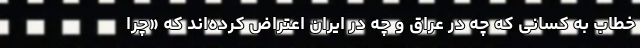
خطاب به کسانی که چه در عراق و چه در ایران اعتراض کرده‌اند که «چرا